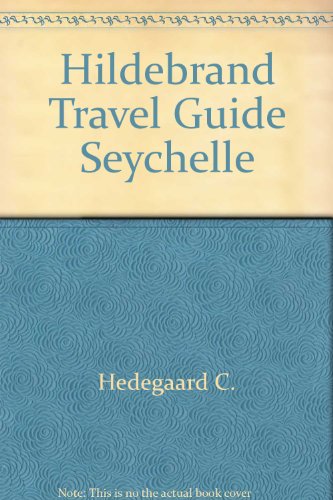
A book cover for Hildebrand Travel Guide Seychelle; C. Hedegaard; Travel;